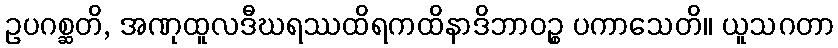
ဥပဂစ္ဆတိ, အဏုထူလဒီဃရဿထိရကထိနာဒိဘာဝဉ္စ ပကာသေတိ။ ယူသဂတာ